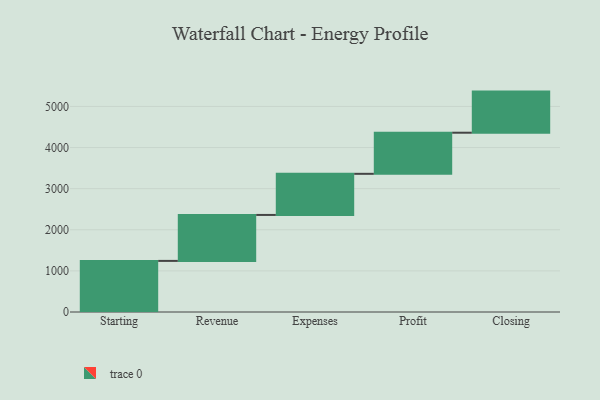
{"axis": {"x": "Step", "y": "Value"}, "legend": [""], "data": [{"x": "Starting", "y": 1243.0, "type": ""}, {"x": "Revenue", "y": 1118.0, "type": ""}, {"x": "Expenses", "y": 1000, "type": ""}, {"x": "Profit", "y": 1000, "type": ""}, {"x": "Closing", "y": 1000, "type": ""}]}